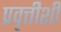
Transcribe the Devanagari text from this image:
प्रवृत्तीशी